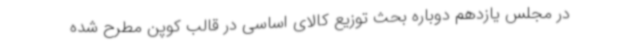
در مجلس یازدهم دوباره بحث توزیع کالای اساسی در قالب کوپن مطرح شده